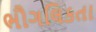
ભૌગલિકતા